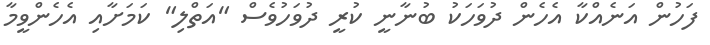
ފަހުން އަނެއްކާ އެހެން ދުވަހަކު ބުނާނީ ކުރީ ދުވަހުވެސް "އަތްލި" ކަމަށާއި އެހެންވީމާ